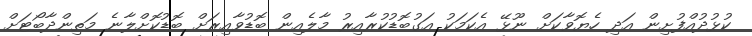
ކުޅުދުއްފުށިން އަދި ހެޔޮވާކަށް ނޫޅޭ އެކަމަކު އަގުބޮޑުކުރާއިރު މާލެއިން ބޮޑުވާއިރަށް ބޮޑުކޮށްލާނެ މަތިންދާބޯޓަށް